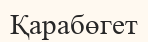
Қарабөгет